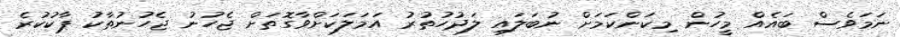
ނަމަވެސް ބައެއް މީހުން މިކަންކަމަށް ނުބަލައި ލަދުހުތުރު އަމަލަކަށްވާގޮތަށް ޖެހުނު ޖެހުނުތާކު ޕާކުކުރެ